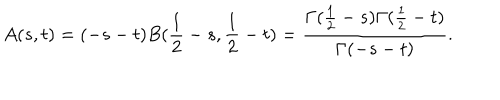
LaTeX: A ( s , t ) = ( - s - t ) B ( \frac { 1 } { 2 } - s , \frac { 1 } { 2 } - t ) = \frac { \Gamma ( \frac { 1 } { 2 } - s ) \Gamma ( \frac { 1 } { 2 } - t ) } { \Gamma ( - s - t ) } .